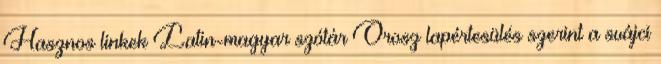
Hasznos linkek Latin-magyar szótár Orosz lapértesülés szerint a svájci